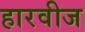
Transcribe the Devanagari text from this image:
हारवीज